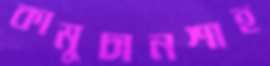
কামুচানশাহ